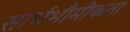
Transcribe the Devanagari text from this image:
सार्भभौमीकता